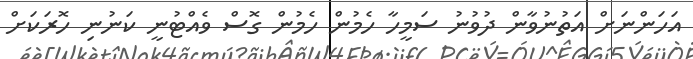
އަހަންނަށް އަތުނުވާން ދުވުނު ސަމީހާ ހެމުން ހެމުން ގޮސް ވެއްޓުނީ ކަނުނި ހޮރަކަށް